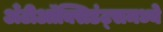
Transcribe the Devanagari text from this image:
अँटीऑक्सिडंट्समध्ये